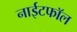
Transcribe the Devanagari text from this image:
नाईटफाॅल